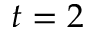
t = 2